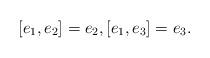
LaTeX: \begin{align*}[e_1,e_2] = e_2,[e_1,e_3]=e_3. \end{align*}